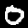
Label: 0